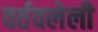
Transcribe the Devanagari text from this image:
वर्तवलेली